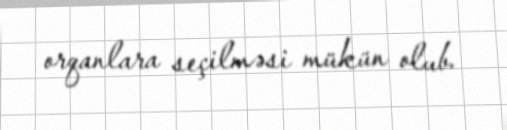
orqanlara seçilməsi mükün olub.